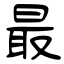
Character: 最